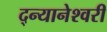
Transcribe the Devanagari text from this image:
द्न्यानेश्वरी